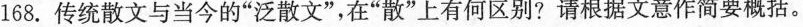
168.传统散文与当今的”泛散文”，在”散”上有何区别?请根据文意作简要概括。